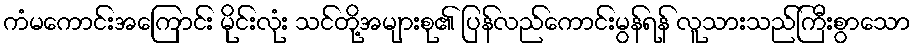
ကံမကောင်းအကြောင်း မိုင်းလုံး သင်တို့အများစု၏ ပြန်လည်ကောင်းမွန်ရန် လူသားသည်ကြီးစွာသော